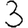
Digit: 3